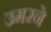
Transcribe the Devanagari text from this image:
उमरने